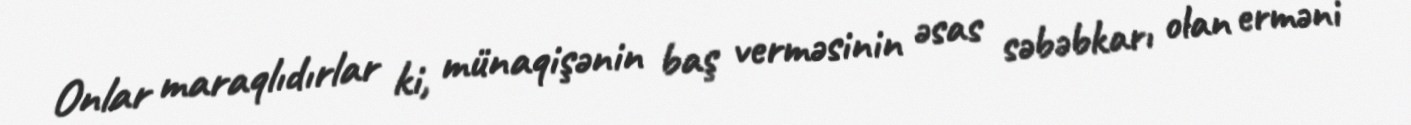
Onlar maraqlıdırlar ki, münaqişənin baş verməsinin əsas səbəbkarı olan erməni